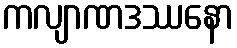
ကလျာဏဒဿနော